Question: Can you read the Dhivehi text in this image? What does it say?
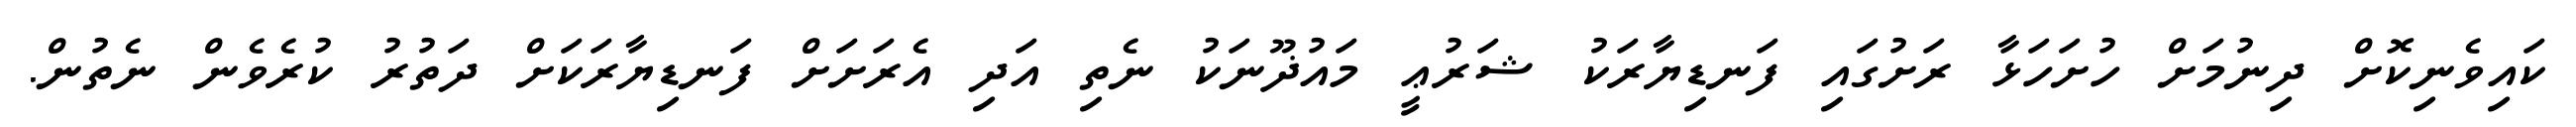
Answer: ކައިވެނިކޮށް ދިނުމަށް ހުށަހަޅާ ރަށުގައި ފަނޑިޔާރަކު ޝަރުޢީ މައުޛޫނަކު ނެތި އަދި އެރަށަށް ފަނޑިޔާރަކަށް ދަތުރު ކުރެވެން ނެތުން.